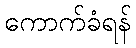
ကောက်ခံရန်